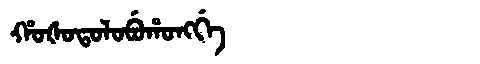
Manchu: ᡥᠣᡧᠣᡨᠣᠯᠣᠪᡠᡥᠣᠩᡤᡝ
Romanization: HOŠOTOLOBUHONGGE